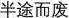
半途而废